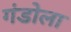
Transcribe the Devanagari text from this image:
गंडोला